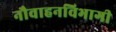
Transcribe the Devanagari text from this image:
नौवाहनविभागी